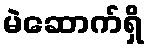
မဲဆောက်ရှိ